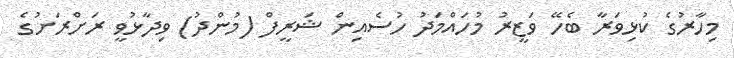
މިހާރުގެ ކުޅިވަރާ ބެހޭ ވަޒީރު މުހައްމަދު ހުސެއިން ޝަރީފް (މުންދު) ވިދާޅުވީ ރަށްރަށުގެ